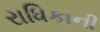
રાધિકાની